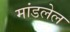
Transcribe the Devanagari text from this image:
मांडलेल